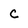
Character: c